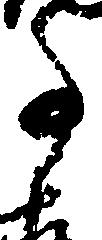
事